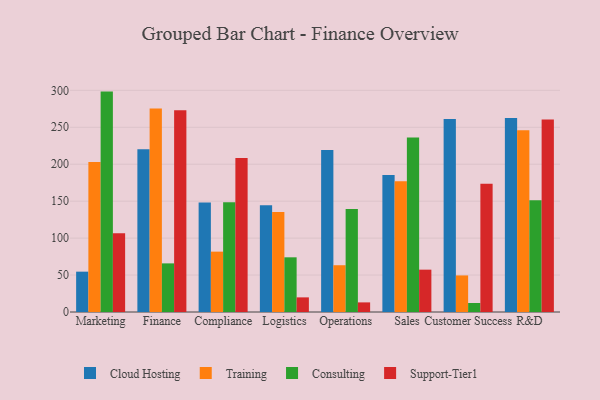
{"axis": {"x": "Department", "y": "Backlog"}, "legend": ["Cloud Hosting", "Consulting", "Support-Tier1", "Training"], "data": [{"x": "Marketing", "y": 54.6, "type": "Cloud Hosting"}, {"x": "Marketing", "y": 202.9, "type": "Training"}, {"x": "Marketing", "y": 298.3, "type": "Consulting"}, {"x": "Marketing", "y": 106.7, "type": "Support-Tier1"}, {"x": "Finance", "y": 220.3, "type": "Cloud Hosting"}, {"x": "Finance", "y": 275.5, "type": "Training"}, {"x": "Finance", "y": 65.8, "type": "Consulting"}, {"x": "Finance", "y": 273.0, "type": "Support-Tier1"}, {"x": "Compliance", "y": 148.3, "type": "Cloud Hosting"}, {"x": "Compliance", "y": 81.7, "type": "Training"}, {"x": "Compliance", "y": 148.4, "type": "Consulting"}, {"x": "Compliance", "y": 208.6, "type": "Support-Tier1"}, {"x": "Logistics", "y": 144.6, "type": "Cloud Hosting"}, {"x": "Logistics", "y": 135.2, "type": "Training"}, {"x": "Logistics", "y": 74.0, "type": "Consulting"}, {"x": "Logistics", "y": 19.8, "type": "Support-Tier1"}, {"x": "Operations", "y": 219.2, "type": "Cloud Hosting"}, {"x": "Operations", "y": 63.3, "type": "Training"}, {"x": "Operations", "y": 139.4, "type": "Consulting"}, {"x": "Operations", "y": 13.0, "type": "Support-Tier1"}, {"x": "Sales", "y": 185.4, "type": "Cloud Hosting"}, {"x": "Sales", "y": 177.0, "type": "Training"}, {"x": "Sales", "y": 236.2, "type": "Consulting"}, {"x": "Sales", "y": 57.3, "type": "Support-Tier1"}, {"x": "Customer Success", "y": 261.3, "type": "Cloud Hosting"}, {"x": "Customer Success", "y": 49.5, "type": "Training"}, {"x": "Customer Success", "y": 12.2, "type": "Consulting"}, {"x": "Customer Success", "y": 173.7, "type": "Support-Tier1"}, {"x": "R&D", "y": 262.7, "type": "Cloud Hosting"}, {"x": "R&D", "y": 246.1, "type": "Training"}, {"x": "R&D", "y": 151.1, "type": "Consulting"}, {"x": "R&D", "y": 260.7, "type": "Support-Tier1"}]}